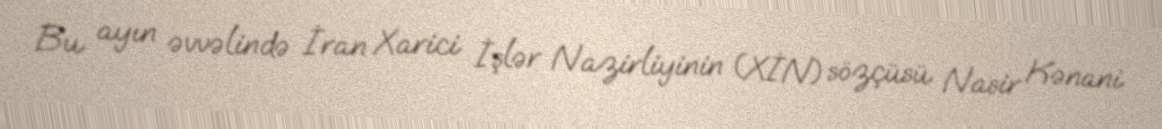
Bu ayın əvvəlində İran Xarici İşlər Nazirliyinin (XİN) sözçüsü Nasir Kənani